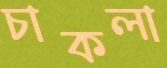
চাকলা